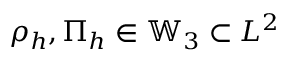
\rho _ { h } , \Pi _ { h } \in \mathbb { W } _ { 3 } \subset L ^ { 2 }